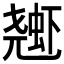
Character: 𱿱